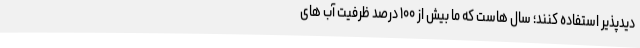
دیدپذیر استفاده کنند؛ سال هاست که ما بیش از ۱۰۰ درصد ظرفیت آب های